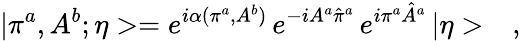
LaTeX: |\pi^{a},A^{b};\eta>=e^{i\alpha(\pi^{a},A^{b})}\, e^{-iA^{a}\hat{\pi}^{a}}\, e^{i\pi^{a}\hat{A}^{a}}\, |\eta>\ \ \ ,